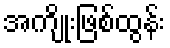
အကျိုးဖြစ်ထွန်း